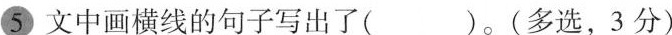
5文中画横线的句子写出了( )。(多选，3 分)